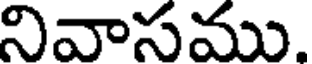
నివాసము.